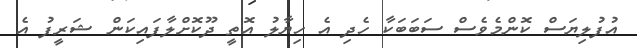
އުފުލިޔަސް ކޮންމެވެސް ސަބަބަކާ ހެދި އެ ހިޔާލު އޮތީ ދޫކޮށްލާފައިކަން ޝަރީފު އެ